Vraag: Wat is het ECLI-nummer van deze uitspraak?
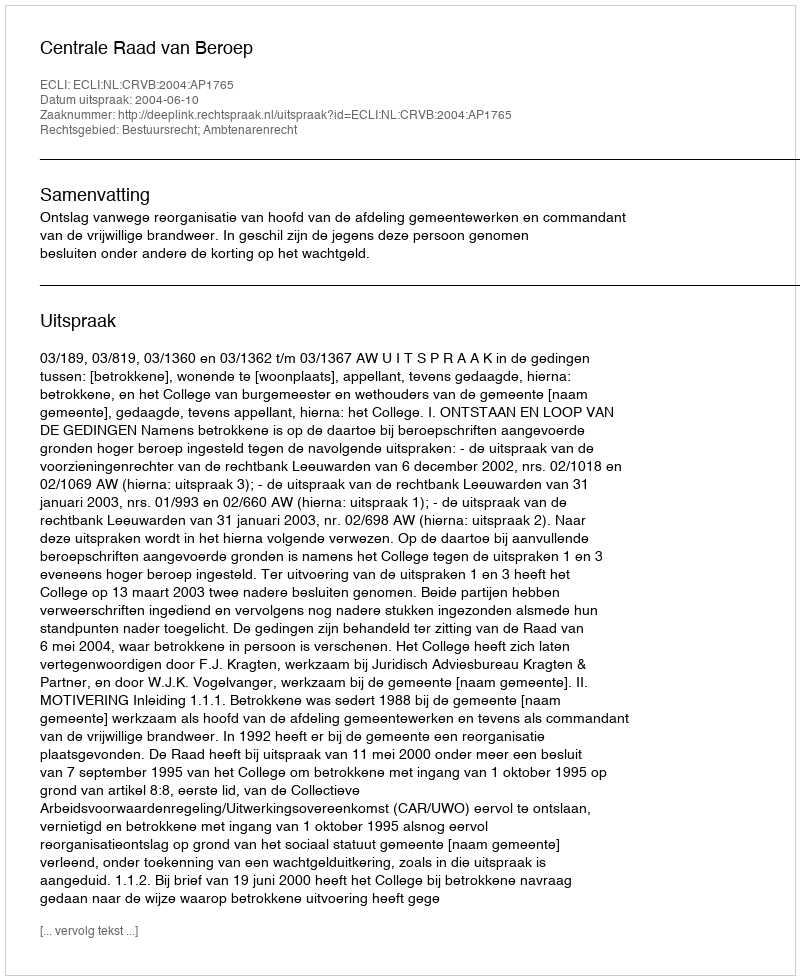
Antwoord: ECLI:NL:CRVB:2004:AP1765